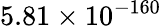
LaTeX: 5.81\times 10^{-160}